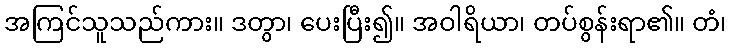
အကြင်သူသည်ကား။ ဒတွာ၊ ပေးပြီး၍။ အဝါရိယာ၊ တပ်စွန်းရာ၏။ တံ၊